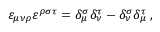
\varepsilon _ { \mu \nu \rho } \varepsilon ^ { \rho \sigma \tau } = \delta _ { \mu } ^ { \sigma } \delta _ { \nu } ^ { \tau } - \delta _ { \nu } ^ { \sigma } \delta _ { \mu } ^ { \tau } \; ,